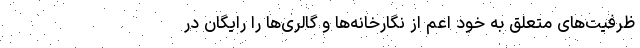
ظرفیت‌های متعلق به خود اعم از نگارخانه‌ها و گالری‌ها را رایگان در